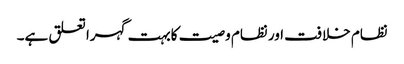
نظام خلافت اور نظام وصیت کابہت گہرا تعلق ہے۔